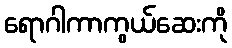
ရောဂါကာကွယ်ဆေးကို